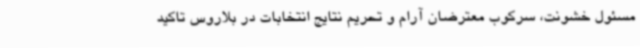
مسئول خشونت، سرکوب معترضان آرام و تحریم نتایج انتخابات در بلاروس تاکید